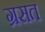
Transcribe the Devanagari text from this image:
ग्रसत